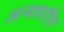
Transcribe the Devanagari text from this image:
अन्यवर्गीय